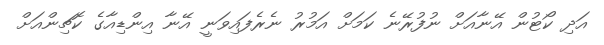
އަދި ކޯޓުން އޭނާއަށް ނުފުރޭނެ ކަމަށް އަމުރު ނެރެފައިވަނީ އޭނާ އިންޑިއާގެ ކޮޗިންއަށް